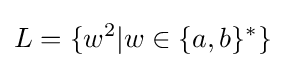
L=\{w^{2}|w\in \{a,b\}^{*}\}